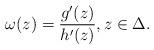
LaTeX: \begin{align*}\omega (z)= \frac{g'(z)}{h'(z)}, z \in \Delta.\end{align*}